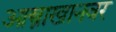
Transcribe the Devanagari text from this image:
आस्त्राखानवर